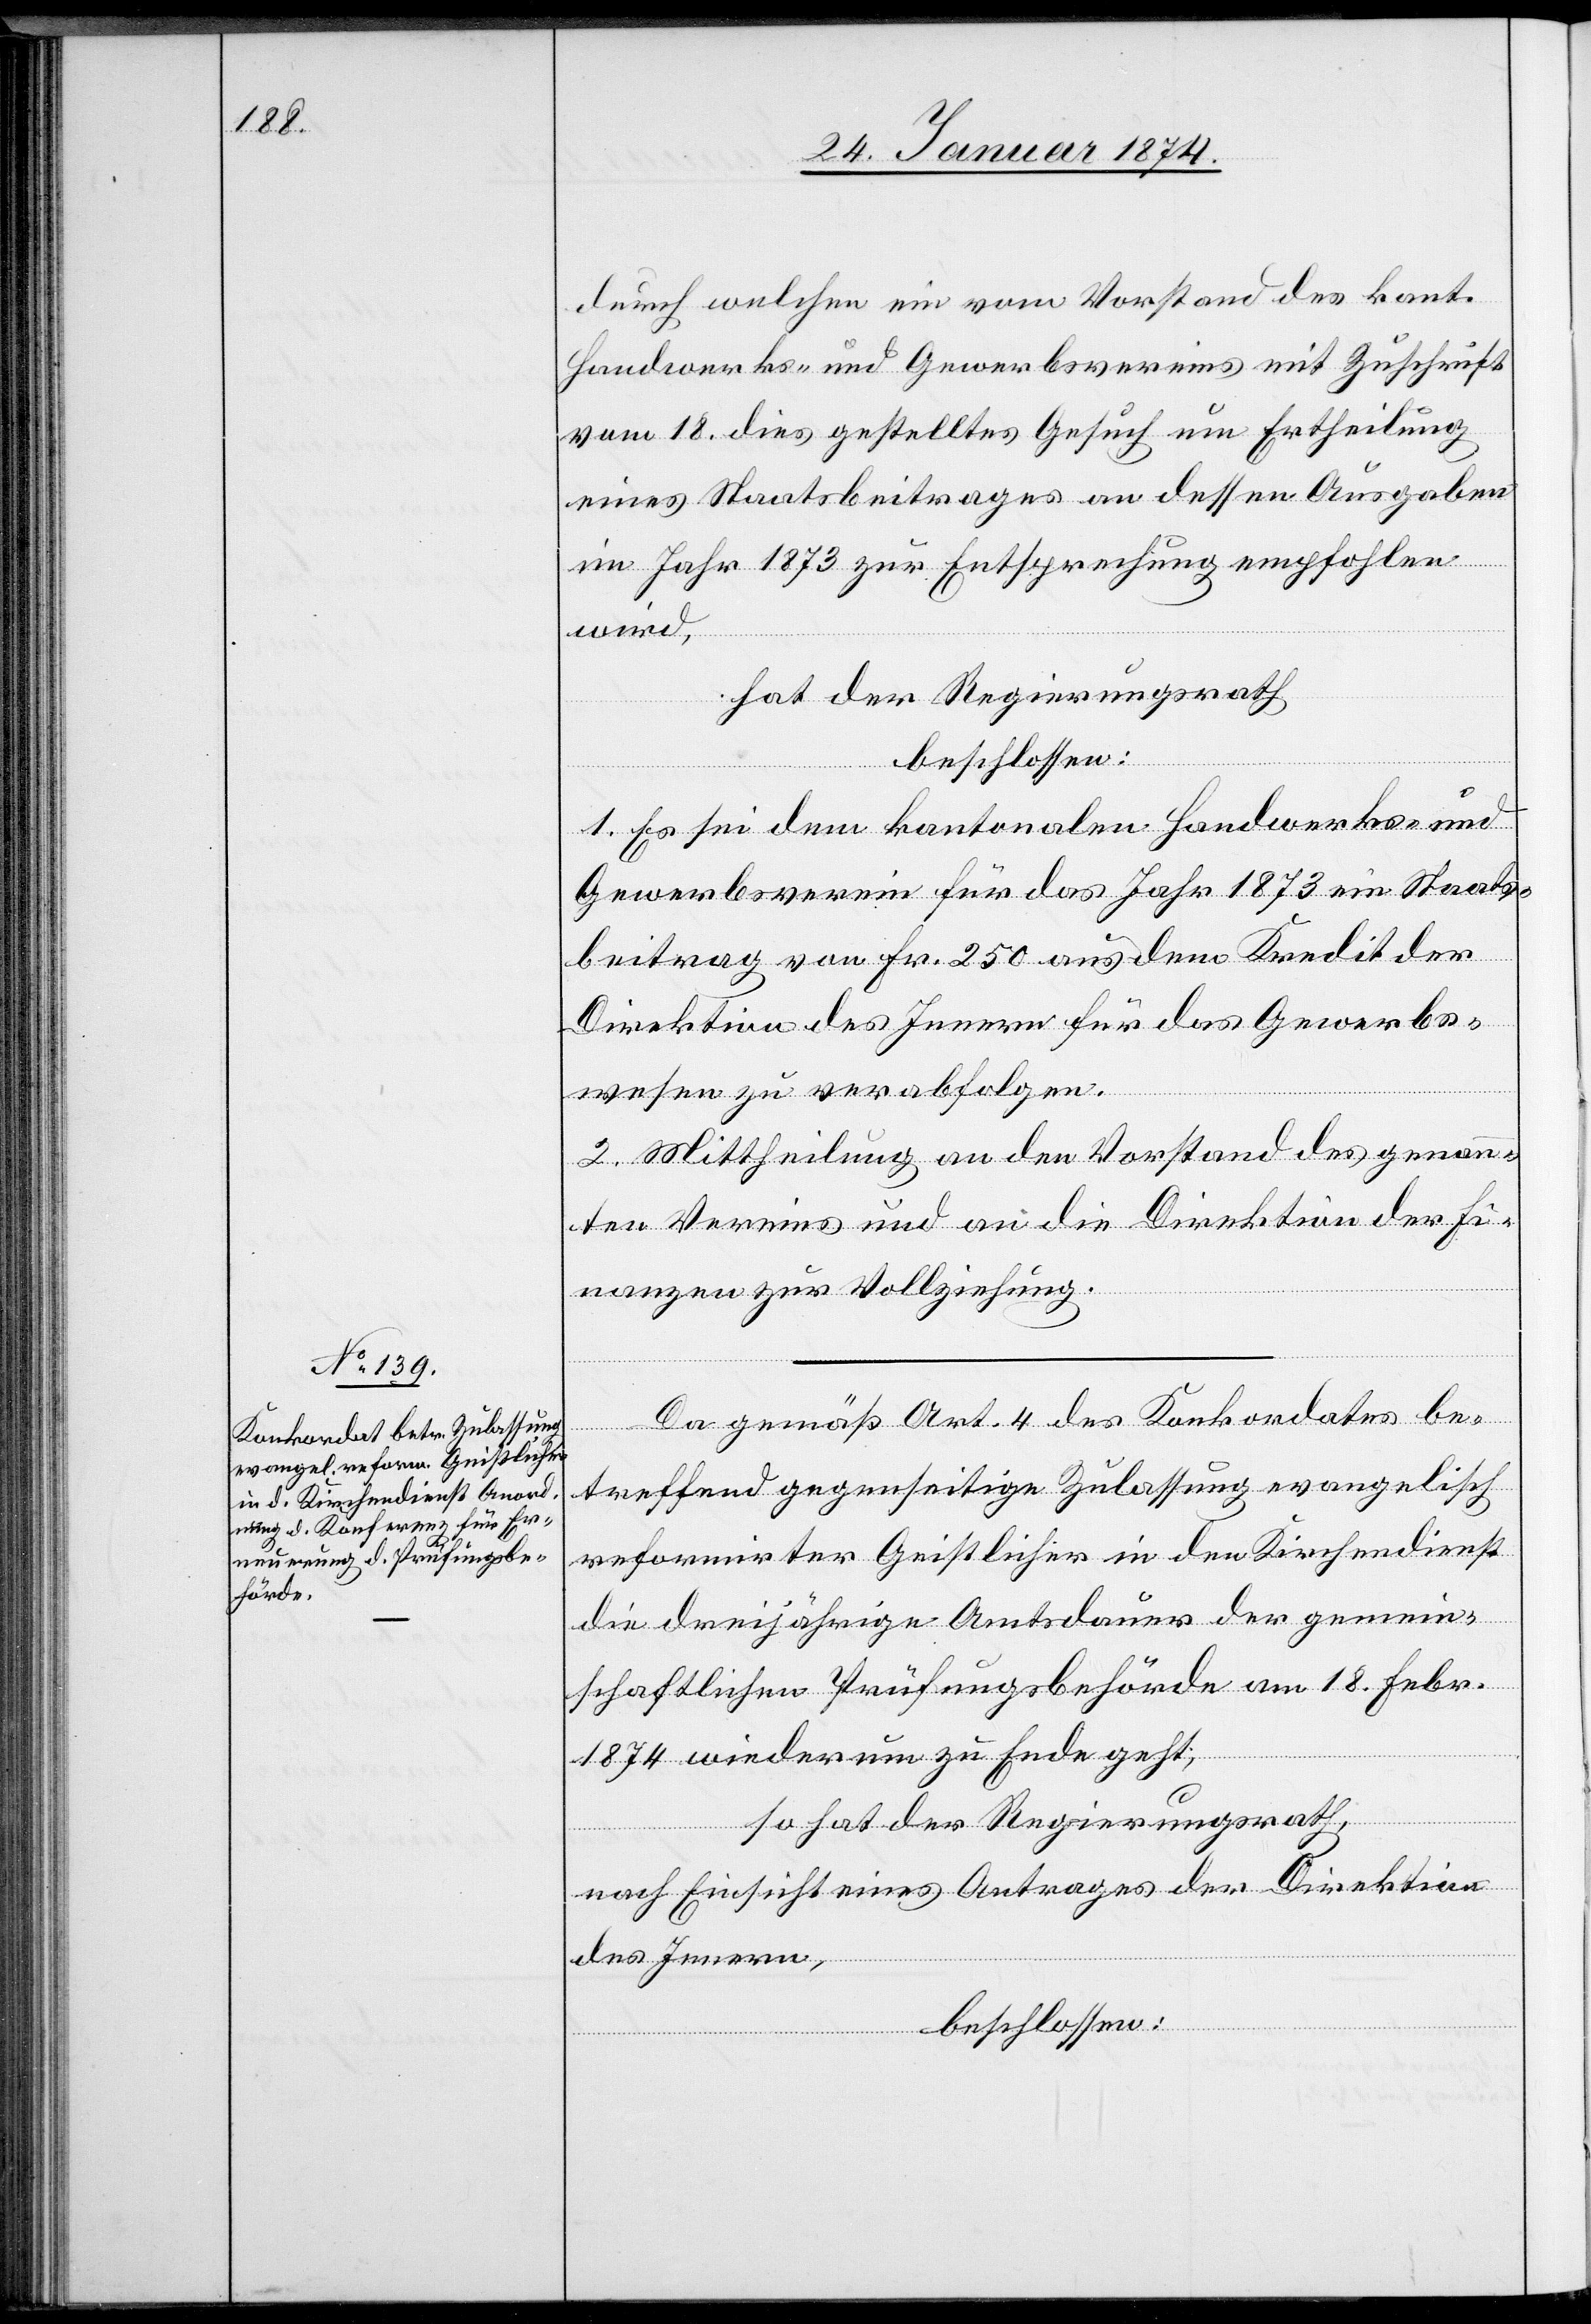
durch welchen ein vom Vorstand des kant.
Handwerks- und Gewerbsvereins mit Zuschrift
vom 18. dies gestelltes Gesuch um Ertheilung
eines Staatsbeitrages an dessen Ausgaben
im Jahr 1873 zur Entsprechung empfohlen
wird,
hat der Regierungsrath
beschlossen:
1. Es sei dem kantonalen Handwerks- und
Gewerbsverein für das Jahr 1873 ein Staats¬
beitrag von Fr. 250 aus dem Kredit der
Direktion des Innern für das Gewerbs¬
wesen zu verabfolgen.
2. Mittheilung an den Vorstand des genann¬
ten Vereins und an die Direktion der Fi¬
nanzen zur Vollziehung.
Da gemäß Art. 4 des Konkordates be¬
treffend gegenseitige Zulassung evangelisch
reformirter Geistlicher in den Kirchendienst
die dreijährige Amtsdauer der gemein¬
schaftlichen Prüfungsbehörde am 18. Febr.
1874 wiederum zu Ende geht,
so hat der Regierungsrath,
nach Einsicht eines Antrages der Direktion
des Innern,
beschlossen: